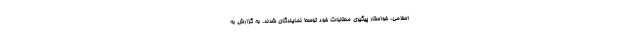
اسلامی، خواستار پیگیری مطالبات خود توسط نمایندگان شدند. به گزارش به